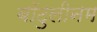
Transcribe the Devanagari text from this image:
बॉटुलीनम